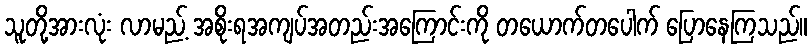
သူတို့အားလုံး လာမည့် အစိုးရအကျပ်အတည်းအကြောင်းကို တယောက်တပေါက် ပြောနေကြသည်။